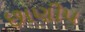
છાણીપ